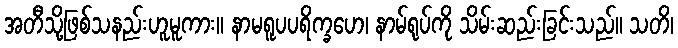
အတီသို့ဖြစ်သနည်းဟူမူကား။ နာမရူပပရိက္ခဟေ၊ နာမ်ရုပ်ကို သိမ်းဆည်းခြင်းသည်။ သတိ၊